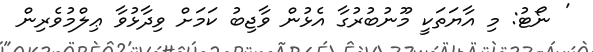
' ނޯޓު: މި އާޔަތަކީ މޫނުބުރުގާ އެޅުން ވާޖިބު ކަމަށް ވިދާޅުވާ ޢިލްމުވެރިން